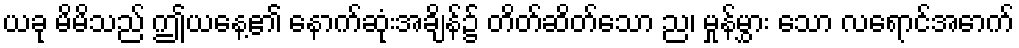
ယခု မိမိသည် ဤယနေ့၏ နောက်ဆုံးအချိန်၌ တိတ်ဆိတ်သော ည၊ မှုန်မွှား သော လရောင်အောက်